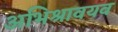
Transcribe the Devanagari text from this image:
अभिश्रावयव